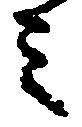
ミ